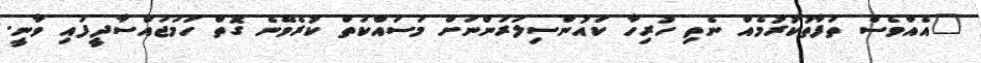
"އެއްވެސް ތަފާތުކުރުމެއް ނެތި ހުރިހާ ކައުންސިލަރުންނަށް މަސައްކަތް ކުރެވޭނެ ގޮތް ހަމަޖައްސާދީފައި ވާނީ.